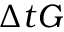
\Delta t G